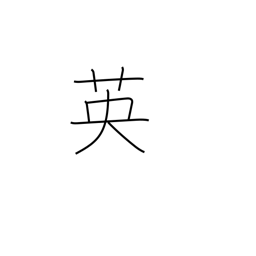
Meaning: England